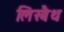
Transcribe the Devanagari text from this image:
लिस्बैथ